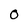
Character: O